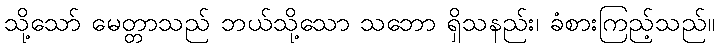
သို့သော် မေတ္တာသည် ဘယ်သို့သော သဘော ရှိသနည်း၊ ခံစားကြည့်သည်။